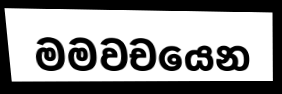
මමවචයෙන